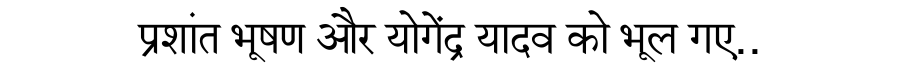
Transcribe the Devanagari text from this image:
प्रशांत भूषण और योगेंद्र यादव को भूल गए..